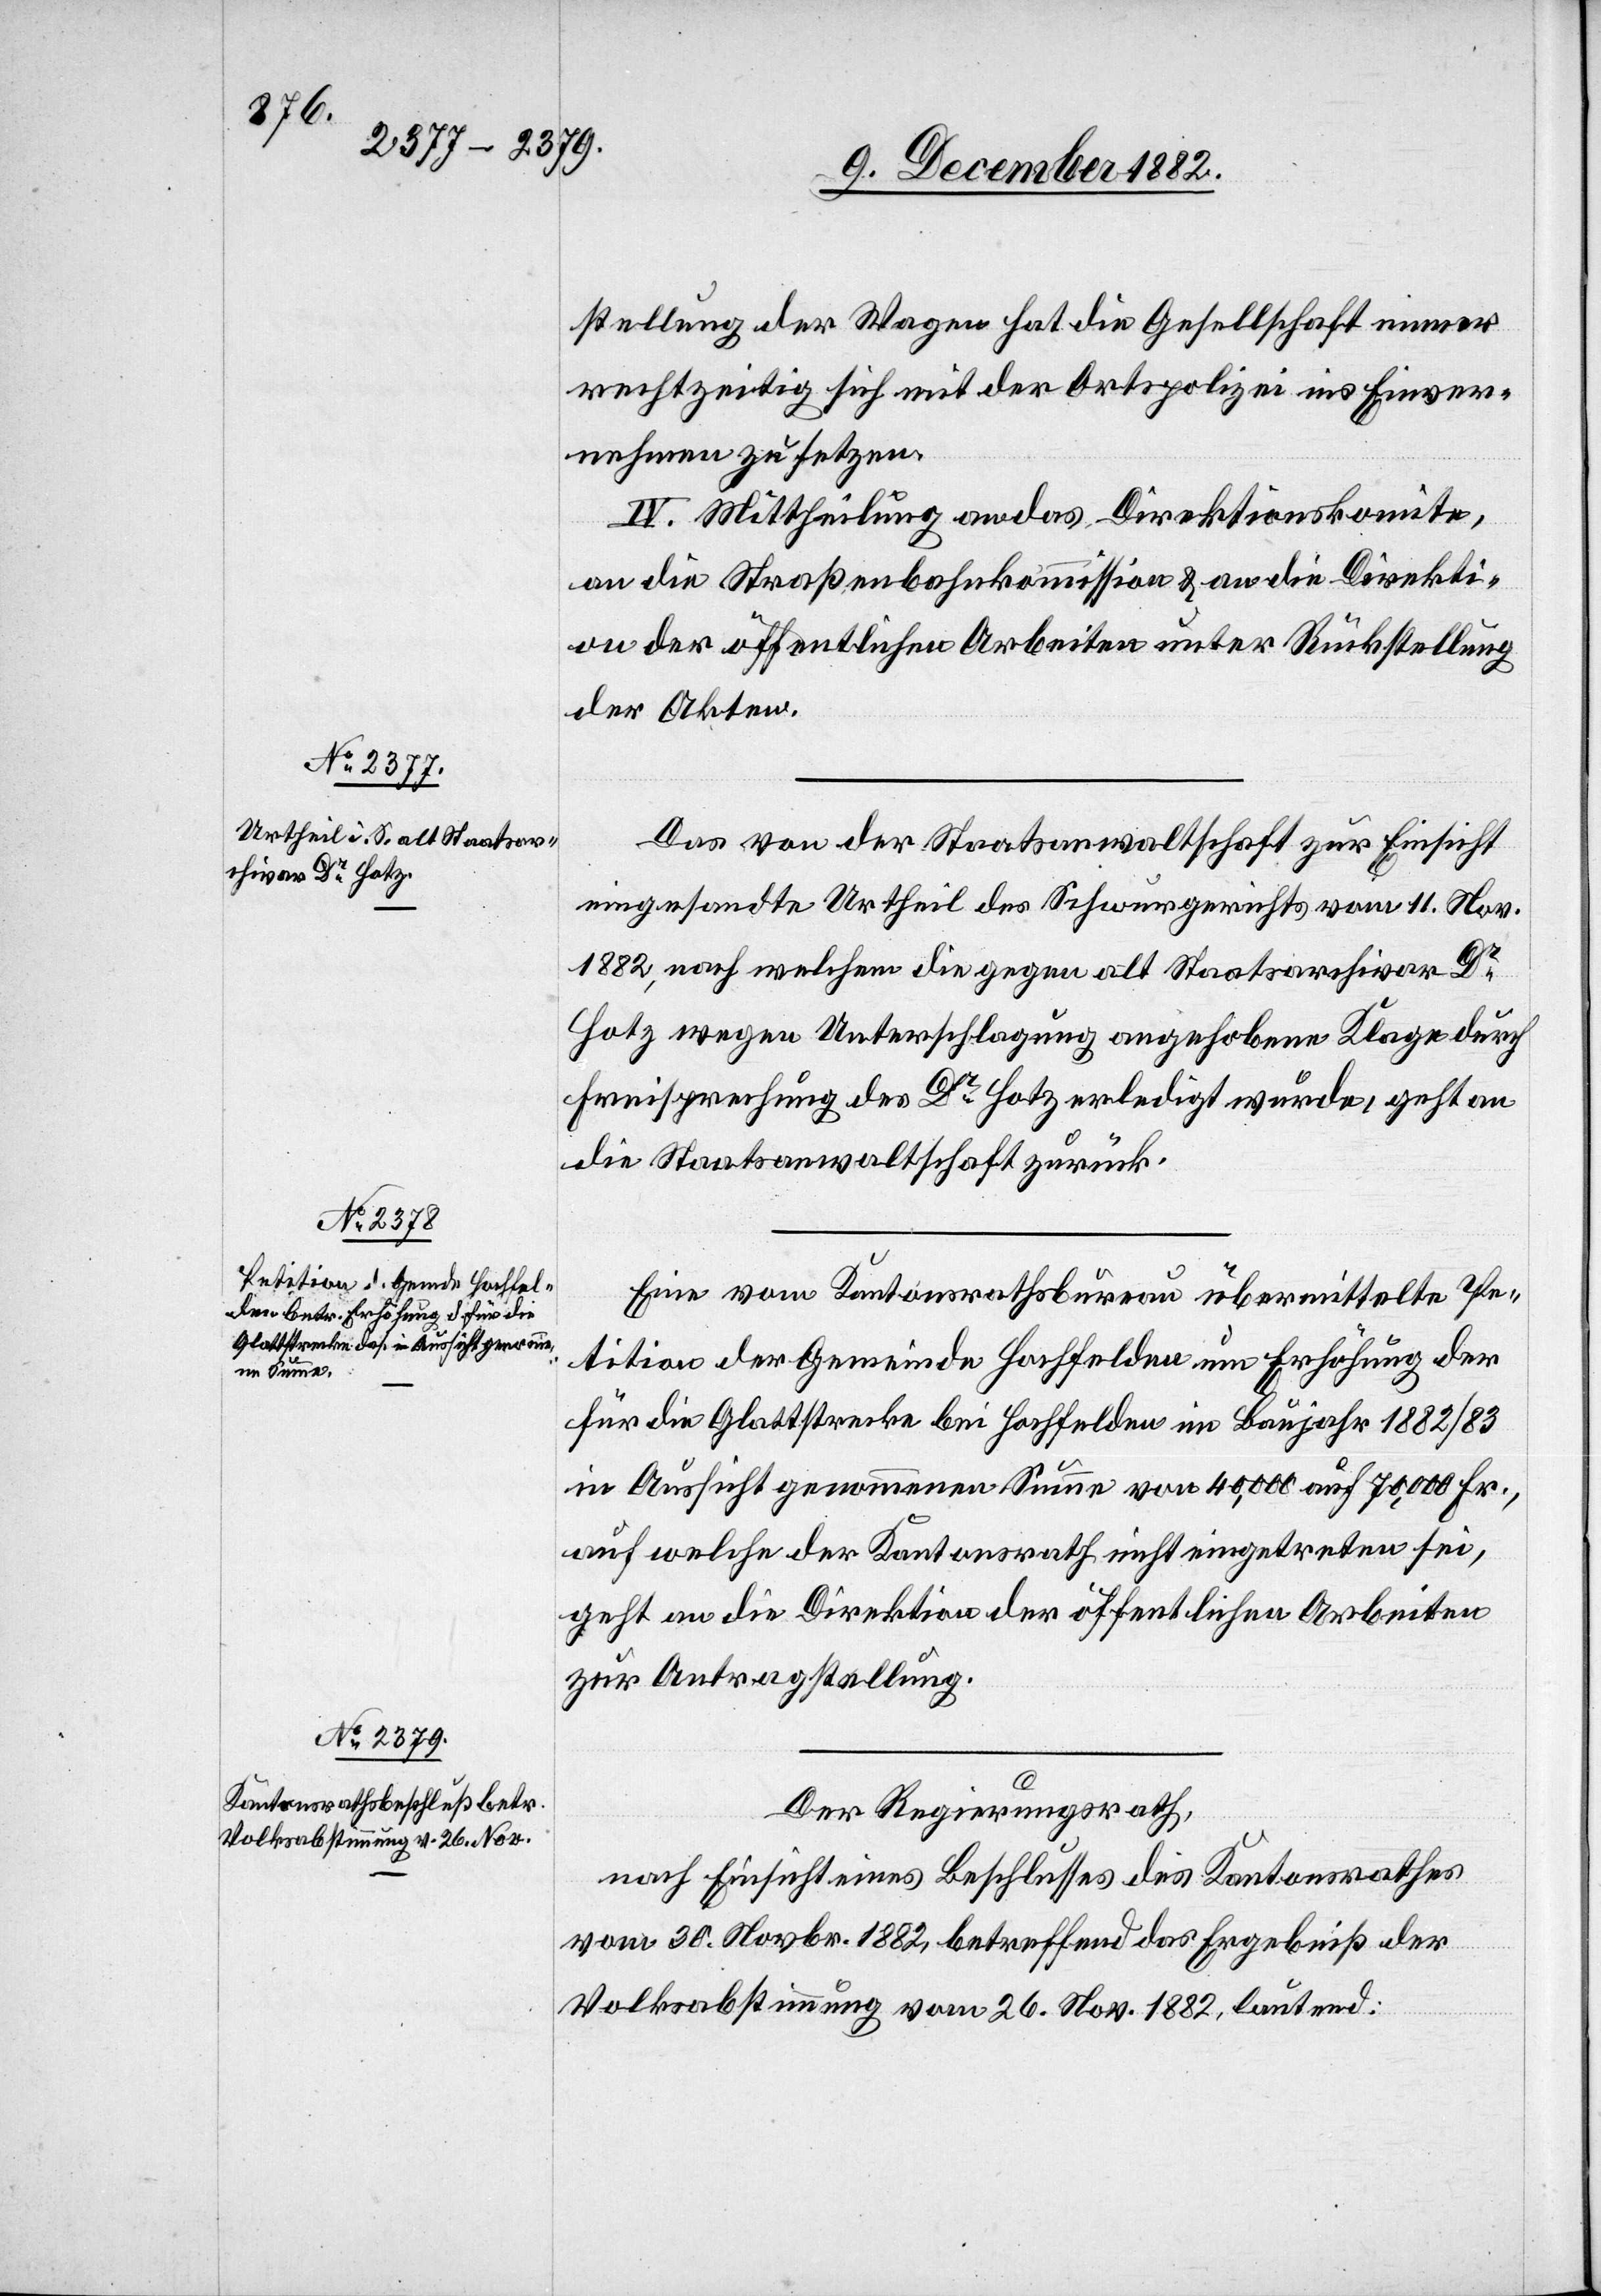
stellung der Wagen hat die Gesellschaft immer
rechtzeitig sich mit der Ortspolizei ins Einver¬
nehmen zu setzen.
IV. Mittheilung an das Direktionskomite,
an die Straßenbahnkommission & an die Direkti¬
on der öffentlichen Arbeiten unter Rückstellung
der Akten.
Das von der Staatsanwaltschaft zur Einsicht
eingesandte Urtheil des Schwurgerichts vom 11. Nov.
1882, nach welchem die gegen alt Staatsarchivar Dr
Hotz wegen Unterschlagung angehobene Klage durch
Freisprechung des Dr Hotz erledigt wurde, geht an
die Staatsanwaltschaft zurück.
Eine vom Kantonsrathsbureau übermittelte Pe¬
tition der Gemeinde Hochfelden um Erhöhung der
für die Glattstrecke bei Hochfelden im Baujahr 1882/83
in Aussicht genommene Summe von 40,000 auf 70,000 Fr.,
auf welche der Kantonsrath nicht eingetreten sei,
geht an die Direktion der öffentlichen Arbeiten
zur Antragstellung.
Der Regierungsrath,
nach Einsicht eines Beschlusses des Kantonsrathes
vom 30. Novbr. 1882, betreffend Ergebniß der
Volksabstimmung vom 26. Nov. 1882, lautend: